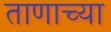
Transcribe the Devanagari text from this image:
ताणाच्या